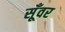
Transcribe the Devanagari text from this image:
सूँवर